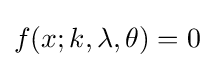
f(x;k,\lambda ,\theta )=0